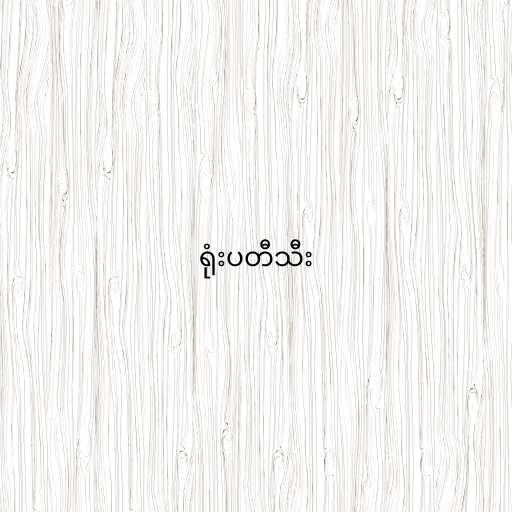
ရုံးပတီသီး